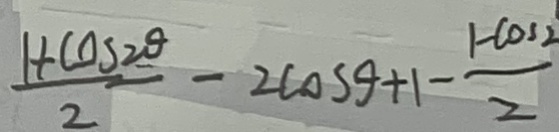
\frac { 1 + \cos 2 \theta } { 2 } - 2 \cos \theta + 1 - \frac { 1 - \cos 2 } { 2 }